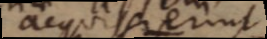
acquisierint